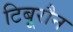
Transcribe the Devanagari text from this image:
टिबूरौन